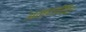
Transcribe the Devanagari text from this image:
अल्पजीवित